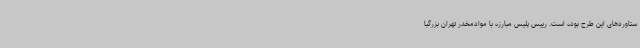
ستاوردهای این طرح بوده است. رییس پلیس مبارزه با موادمخدر تهران بزرگبا